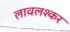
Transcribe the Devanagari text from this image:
लावलश्कर